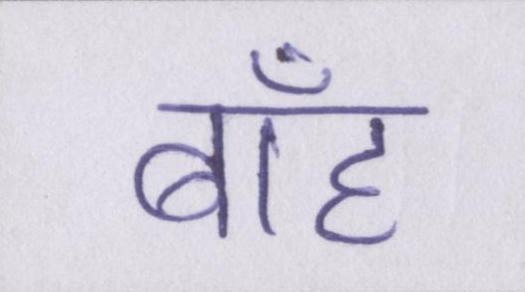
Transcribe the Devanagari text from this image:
बाँह